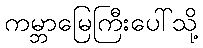
ကမ္ဘာမြေကြီးပေါ်သို့